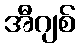
အီဂျစ်